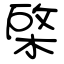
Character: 棨